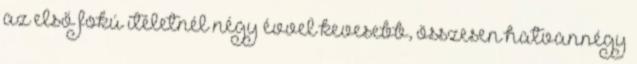
az első fokú ítéletnél négy évvel kevesebb, összesen hatvannégy